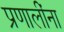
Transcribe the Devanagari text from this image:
प्रणालींना